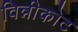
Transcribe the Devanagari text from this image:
विन्नीकोट